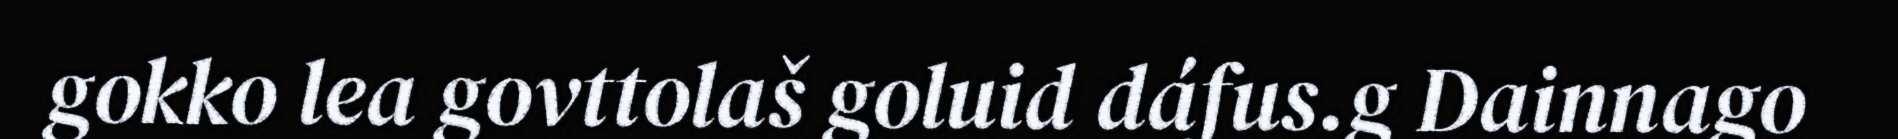
gokko lea govttolaš goluid dáfus.g Dainnago